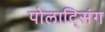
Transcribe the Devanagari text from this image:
पोलाद्सिंग